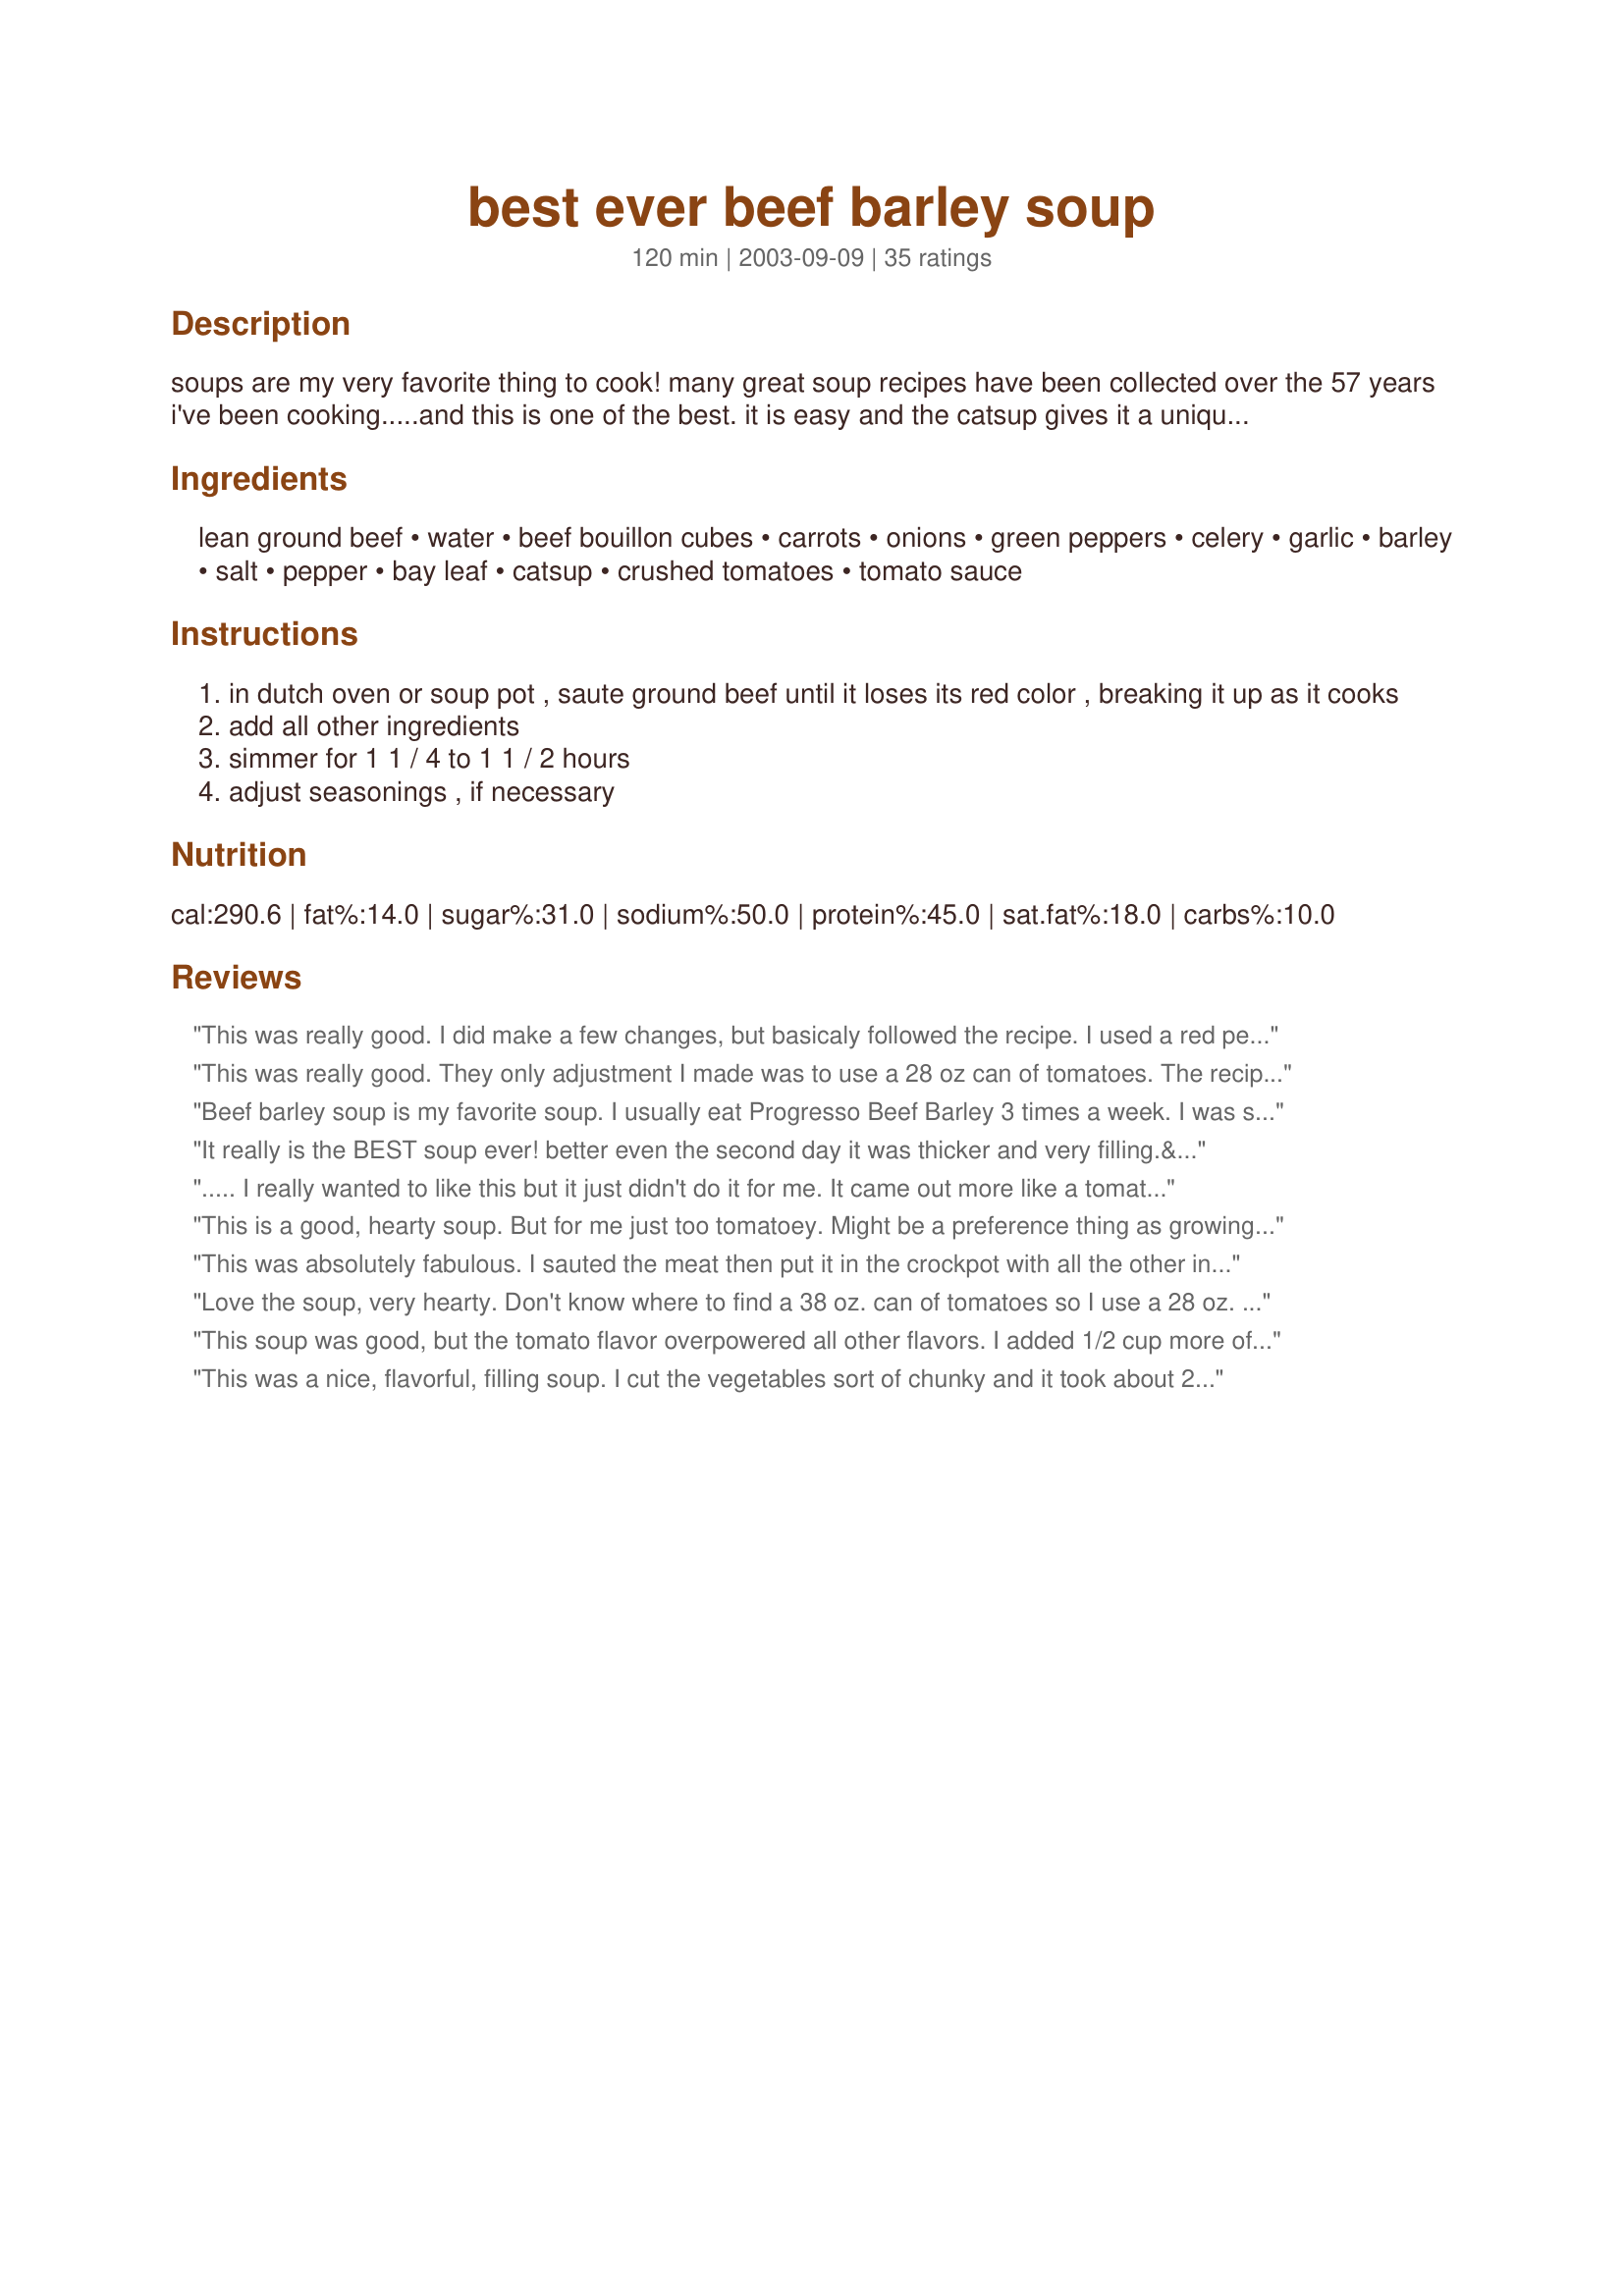
best ever beef barley soup
Preparation time: 120 minutes

soups are my very favorite thing to cook! many great soup recipes have been collected over the 57 years i've been cooking.....and this is one of the best. it is easy and the catsup gives it a unique taste that everyone, kids especially, seem to really like. the recipe came from a daughter, who is a great cook.....sarahloves2cook.

Ingredients:
lean ground beef, water, beef bouillon cubes, carrots, onions, green peppers, celery, garlic, barley, salt, pepper, bay leaf, catsup, crushed tomatoes, tomato sauce

Steps:
in dutch oven or soup pot , saute ground beef until it loses its red color , breaking it up as it cooks
add all other ingredients
simmer for 1 1 / 4 to 1 1 / 2 hours
adjust seasonings , if necessary

Reviews:
This was really good. I did make a few changes, but basicaly followed the recipe. I used a red pepper instead of green and it gave the soup a nice sweet flavor. I also sauted all the vegetable and the meat before putting it all into an electric soup pot.I didn't have any barley so skipped that, but it was still delicious. Will use barley the next time and there will be a next time. Thanks for a delicious recipe.
This was really good. They only adjustment I made was to use a 28 oz can of tomatoes. The recipe made a good sized amount but it had all disappeared by the next day!
Beef barley soup is my favorite soup. I usually eat Progresso Beef Barley 3 times a week. I was shopping and came across a box of Quaker Quick Barley. I googled, how to make beef barley soup with ground meat. I got this recipe and made it. It came out PERFECT. The taste was very favorable and hearty. Thank you.
It really is the BEST soup ever! better even the second day it was thicker and very filling.&lt;br/&gt;Everyone loved it! I will make it again soon.
..... I really wanted to like this but it just didn't do it for me. It came out more like a tomato-barley chili. If I were to make this again I would forget about the ketchup and tomato sauce and add extra broth. It was really too tomato-y.

I appreciate you posting the recipe.
This is a good, hearty soup. But for me just too tomatoey. Might be a preference thing as growing up and as an adult where I'm from the beef barley soup I've had just didn;t have tomatoes in it. My daughter did like it quite a lot though. Thanks for taking the time to post your recipe!
This was absolutely fabulous. I sauted the meat then put it in the crockpot with all the other ingredients and left it for 4 or 5 hours and the flavor was amazing. I was able to feed my family and put some in the freezer for a rainy day. Great recipe!
Love the soup, very hearty. Don't know where to find a 38 oz. can of tomatoes so I use a 28 oz. can or 2-16 oz. cans (maybe why mine seems so hearty). The ketchup gives it a subtle but familiar flavor. Didn't seem like enough barley but one cup is too much, I wouldn't go over 3/4 cup. OK with ground turkey too.
This soup was good, but the tomato flavor overpowered all other flavors. I added 1/2 cup more of barley, which helped. Also, I added a lot more beef stock, but it was still too "tomato-ey" for my taste.
This was a nice, flavorful, filling soup. I cut the vegetables sort of chunky and it took about 2 1/2 hours of simmering before they were tender. I liked the tomatoey-beef flavor. Thanks for posting.
Delicious! I used ground sirloin and drained/rinsed in a collander after browning to avoid any chance of it being greasy. I increased the barley, because we like thick soups, used beef soup base rather than the bouillon cubes, and added some basil. Otherwise, I followed your recipe as written and it was wonderful! Thanks for sharing it.
This soup is great. The only change I made to it was to use vegetable base instead of the beef cubes as that was what I had. I also omitted the salt. Very Yummy.
I agree with everyone so far, this soup is fantastic! I didn't add peppers just because I'm not a big fan and I also increased the amount of barley from 1/2 to 1 cup just cuz I like my soups thick. Thanks!
What a delicious soup, so easy to put together and the result is first class.
I used 2, 410 gram (2, 14 ounce)tins of tomatoes (thats the largest you can buy here)
and a 410 gram tin of tomato soup in place of the tomato sauce.
Perfect for dinner on a cold winters evening, thanks for sharing.
This soup had a wonderful taste. I made another beef barley soup and was very disappointed, but not with this one. I will definitely make again.
absolutely delicious! made in the crockpot, cooking on low for eight hours. will definitely make again. found i only had about 10oz of ground beef and was lovely all the same. an extremely economical, child friendly meal. thank you.
My family loved this soup! It is very kid-friendly as it has a mild taste. To enjoy this soup, I really think one has to like a tomato base, which I do. I used three cups canned beef broth with 3 cups water, btw. It's a healthful and tasty soup that we will make often. Thanks a lot, NoSpringChicken, for sharing your soup recipes!
This soup is a bit too tomato-y for our taste, and pretty acidic. It is a hearty soup though. I couldn&#039;t find a 38-oz can of tomatoes, but that was a good thing. I don&#039;t remember beef-barley soup having tomato in it when I was a kid. I&#039;d prefer one that tastes beefier rather than having a tomato taste.
I made this soup the other night for hubby and I - it was the first time I had ever used barley! This soup was OUT OF THIS WORLD! Seriously, one of the best I've ever had. I did, however, change a few things (dontcha love that?). I didn't use any onions, I don't like 'em. I didn't use the bay leaf because I'm not fond of bay. I didn't use the celery, even though I had planned to... I have an almost 9 month old daughter that was getting ansty towards the end, and I didn't have time to cut it up! And the last change- instead of using 38 ounces of tomato, I used 28 (the size of the can I had). Otherwise, left as is. It made a HUGE pot and we even gave some to my parents... they LOVED it, as well. WE had it for leftovers a few days later and it was even possible, if that's possible! Delish, delish... will most certainly make over and over. Thank you!
Excellent soup with a hearty consistency. Love the barley in it. Added a few handfuls of spinach just because I had some...it was great. Also used a leftover beef roast for the beef component and added a few chopped potatoes. This one is a keeper; thanks for sharing. One of the rare soups I don't find too salty for my low-sodium lifestyle, yet very flavorful.
The taste of this was quite good. I prefer a thicker soup so I added a full cup of barley and cut the water to 4 cups. I also added 1/2 pound of sliced mushrooms and 1 T. worcestershire sauce. I think I will continue my search for a good beef barley soup recipe though as dh and I both prefer the beef broth base rather than the tomato base.
Very easy to make and very good. I used stewing beef instead. It turned out perfect.
Wow - this soup was great!! We loved it and will definitely be making again and again. I used venison sausage instead of the beef, and I also added one can of whole kernel corn, one can of lima beans, and 3 medium potatoes (diced). We like extra veggies and thicker soup - a personal preference. I also used quick cooking barley because that was the only kind I had. The recipe makes a lot but that was fine with us. We had two meals for four people and froze the rest for one more meal. Thanks for a great recipe!
Very tasty!! I used 1 lb lean ground beef and a packet of fake (soy crumbles) hamburger and my family loved this soup. Even my picky children liked it.
I haven't tried a tomato based beef barley soup before and this one was really good. I also left out the green peppers but added about 3/4c of frozen corn. Also, I cubed leftover steak and roast instead of using ground beef. This "soup" comes out very thick, like a stew, and can scorch if you don't watch it. I added more water as it simmered and still had a nice thick soup. Thanks for posting this, I think it lives up to its name.
I used leftover meat and sauce from Recipe #414875 but used this as the base. Loved it Will make many times again.
OH what a wonderful soup. I made a few changes mostly due to what I had on hand so won't rate your recipe but we loved it loved it loved it. I scaled it down to 6 servings as only had a lb of ground beef. I used beef base instead of bouillon cubes, pure personal preference. I discovered when I went to add the barley that I had picked up quick cook barley so waited till about 20 minutes before serving to add the barley and also had some leftover peas that I needed to use so tossed them in there too. We both had 2 big bowls and I got leftovers to enjoy tomorrow that is if I can get through the rest of the evening without raiding the soup pot. :) Thanks so much for such a yummy soup.
This was great! Since I'm normally starving and can't wait long for dinner after I get home from work, I decided to put this in the crockpot before leaving for work. I followed the ingrdients exactly, expect that I reduced the amount of water to 3 cups (to make it thicker like a stew). First I browned the meat in a skillet until lightly brown on all sides. I then put all the ingredients in the crockpot. This cooked on "low" for about 9 hours and was so tender! I will definitley make this again.
Thanks Janice for a delicious recipe!
We really enjoyed this, thanks for sharing
This soup was delicious. My entire family enjoyed it! Thanks for the great recipe. Keep them coming! From Supercook
Okay, maybe I shouldn't be reviewing my Mom's recipes! But, since she got it from, I decided there were no rules! This really is a great, easy soup, my 14 year olds favorite, and I hope you all try it. I follow the directions, except, I omit the green peppers. Green peppers are taboo in my household! Sometimes I substitute a handfull of frozen peas, which gives the soup a kick of color. I serve this soup with a loaf of crusty bread and a tossed salad. And, on a personal note, thanks Mom, you're a great cook too! :-)
I am sick and had just enough strength to find this recipe and drag my new hubby to the computer and point, "this is what will make me feel better". After a nap I woke up and had some wonderful comforting soup. The 38 can of tomatoes seemed like a little much and we did not have a pot big enough to hold all that liquid. He used 1 8 oz can of crushed tomatoes instead. Thank you for the great recipe.
Wow! This is the best Beef Barley dish I've made. I'm getting rid of all of my other recipes and stick to this one. I also added a little extra barley but followed the rest exactly the same and it was just delightful! I love the tomato base! Thanks so much!
loved this!!! I made a few alterations (so not 5 stars) I added zucchini and supplimented water and bullion cube for 8 cups beef stock and 4 cups veg. stock. I left out the catsup and tomato sauce after reading other reviews and left out peppers (personal preference). Great recipe to use up any left over vegies in the fridge!!
This soup was great. Very comforting. I changed a few things so I won't give it any stars, but we all loved it. I used 2 lbs. of ground beef, but put in 2 16-oz. cans of beef broth and about 3 cups of water. I didn't have any celery, but I did use about 1 1/2 cups of frozen mixed veggies, added about half an hour before dinner. I also used quick cooking barley and put it in the same time as the frozen veggies. I simmered this for about 3 hours and it was delicious. Three of us ate at least 2 huge bowls a each and I was still able to freeze 3 1-quart containers! Thanks so much for this new favorite.
